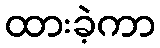
ထားခဲ့ကာ